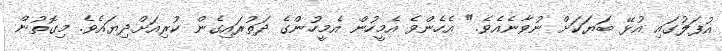
އުފަލުގައި އުޅޭ ބަޔަކަށް ނުވާނެއެވެ." އެހެންވެ އެމީހުން އެމީހުންގެ ދަތުރައިގެން ކުރިއަށްދިޔައެވެ. މިގޮތުން